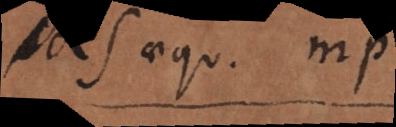
aequ. mp